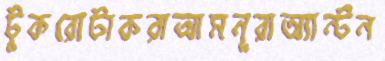
টুকরোটাকরাআমনূরাঅ্যান্টন